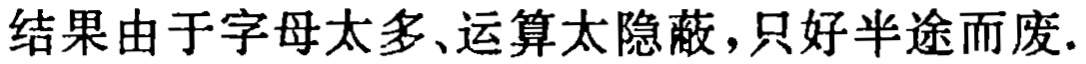
结果由于字母太多、运算太隐蔽，只好半途而废.